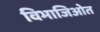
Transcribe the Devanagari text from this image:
विभाजिओत